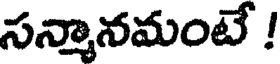
సన్మానమంటే !